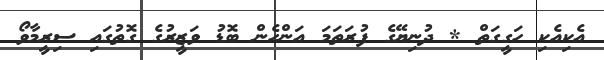
އެކިއެކި ހަގީގަތް * ދުނިޔޭގެ ފުރަތަމަ އަންހެން ބޮޑު ވަޒީރުގެ ގޮތުގައި ސިރީމާވޯ